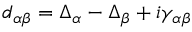
d _ { \alpha \beta } = \Delta _ { \alpha } - \Delta _ { \beta } + i \gamma _ { \alpha \beta }